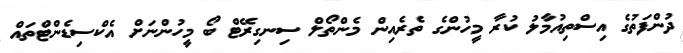
ދުންފަތުގެ އިސްތިއުމާލު ކުރާ މީހުންގެ ތެރެއިން މެންތޯލް ސިނގިރޭޓް ބޯ މީހުންނަށް އެކްސިޑެންޓްތައް